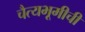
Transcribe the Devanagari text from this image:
चैत्यभूमीची